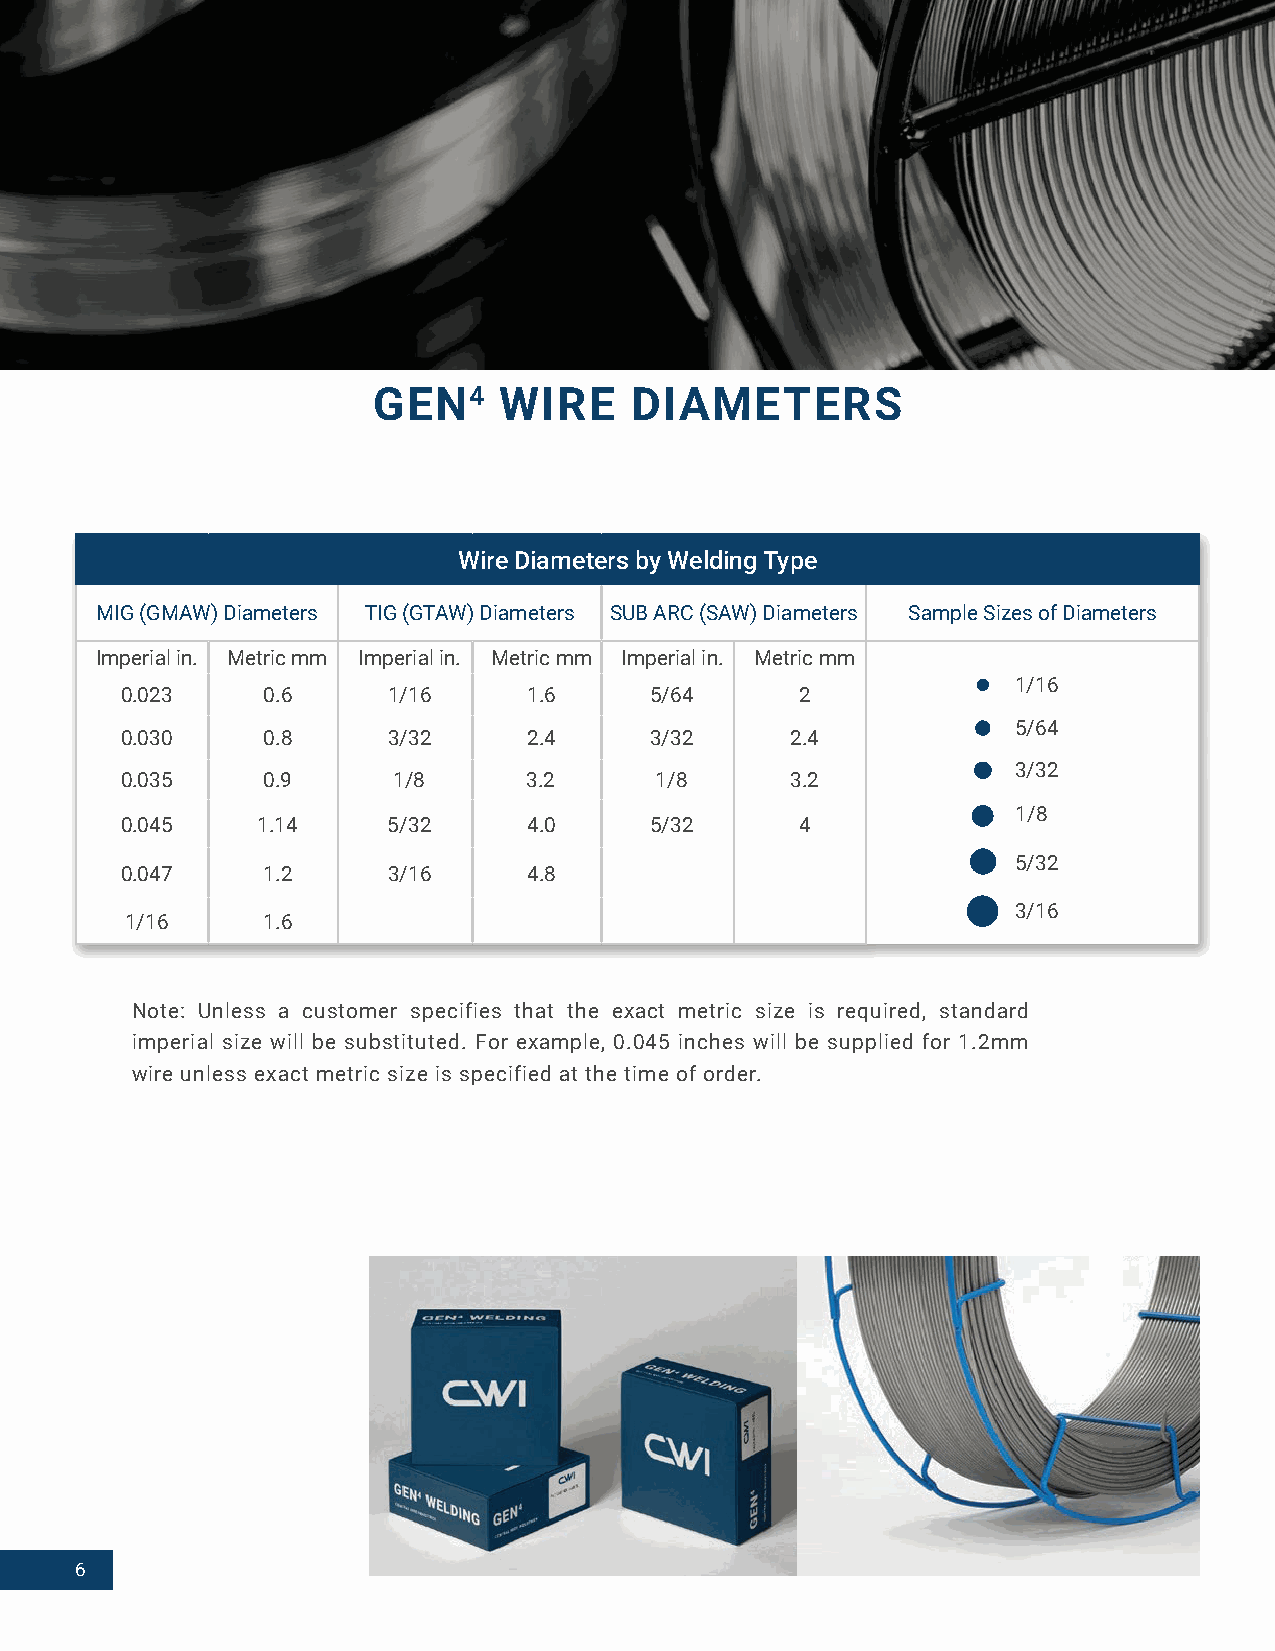
GEN4    WIRE     DIAMETERS
 Wire Diameters by Welding Type
 MIG (GMAW) Diameters TIG (GTAW) Diameters SUB ARC (SAW) Diameters Sample Sizes of Diameters
 Imperial in. Metric mm Imperial in. Metric mm Imperial in. Metric mm
 1/16
 0.023    0.6      1/16     1.6     5/64      2
 5/64
 0.030    0.8      3/32     2.4     3/32     2.4
 3/32
 0.035    0.9      1/8      3.2     1/8      3.2
 1/8
 0.045    1.14     5/32     4.0     5/32      4
 5/32
 0.047    1.2      3/16     4.8
 3/16
 1/16     1.6
 Note: Unless a customer specifies that the exact metric size is required, standard
 imperial size will be substituted. For example, 0.045 inches will be supplied for 1.2mm
 wire unless exact metric size is specified at the time of order.
 6